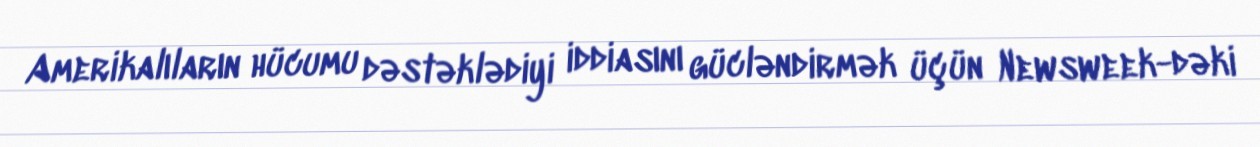
Amerikalıların hücumu dəstəklədiyi iddiasını gücləndirmək üçün Newsweek-dəki